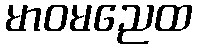
မာဝမညေထ